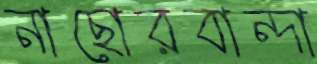
নাছোরবান্দা